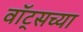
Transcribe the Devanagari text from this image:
वॉट्सच्या